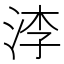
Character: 𣵎